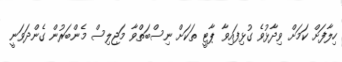
ހިލާފަށް ކަމަށް ވިދާޅުވެ ގުޅިފައިވާ ޕާޓީ ތަކަށް ނިސްބަތްވާ މަޖިލިސް މެންބަރުން ގެންދަވަނީ